Scottish Leaving Certificate Examination, 1959
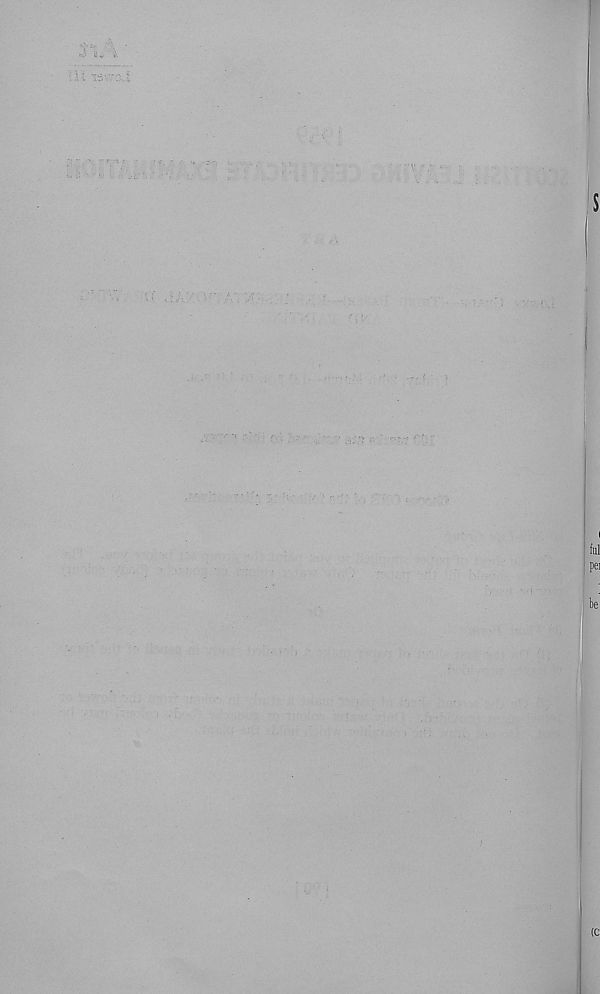
SVi.
Cf My: .v. a:, yn
J. , : : i
yy y y^‘ y-.y yn c-y
'